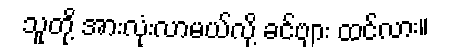
သူတို့ အားလုံးလာမယ်လို့ ခင်ဗျား ထင်လား။